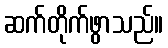
ဆက်တိုက်ဖွာသည်။